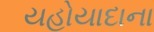
યહોયાદાના